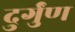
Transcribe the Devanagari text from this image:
दुर्गुंण